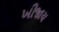
ખીજાય